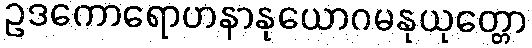
ဥဒကောရောဟနာနုယောဂမနုယုတ္တော